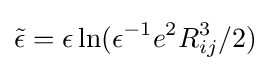
{\tilde {\epsilon }}=\epsilon \ln(\epsilon ^{-1}e^{2}R_{ij}^{3}/2)